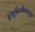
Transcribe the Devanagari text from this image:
लिएनिर्जीवाणुक